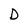
Character: D